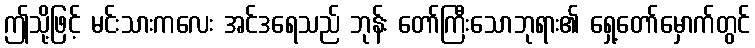
ဤသို့ဖြင့် မင်းသားကလေး အင်ဒရေသည် ဘုန်း တော်ကြီးသောဘုရား၏ ရှေ့တော်မှောက်တွင်